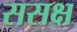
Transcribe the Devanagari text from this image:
ससक्ष